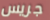
جريس